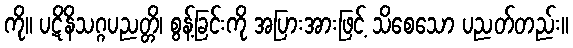
ကို။ ပဋိနိသဂ္ဂပညတ္တိ၊ စွန့်ခြင်းကို အပြားအားဖြင့် သိစေသော ပညတ်တည်း။